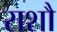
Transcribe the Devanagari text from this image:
राशौ